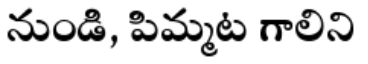
నుండి, పిమ్మట గాలిని